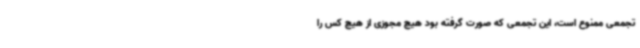
تجمعی ممنوع است، این تجمعی که صورت گرفته بود هیچ مجوزی از هیچ کس را